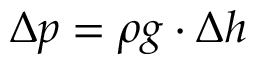
\Delta p = \rho g \cdot \Delta h